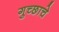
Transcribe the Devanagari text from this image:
गुच्छाचे